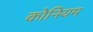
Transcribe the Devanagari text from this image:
कोनियम